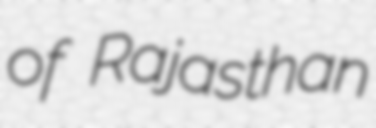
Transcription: of Rajasthan